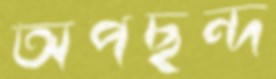
অপছন্দ